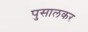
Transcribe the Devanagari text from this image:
पुसालकर